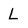
Character: L